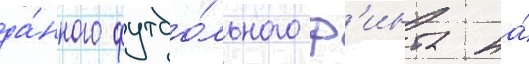
да́нного футбо́льного ф'инта на́